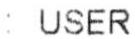
: USER